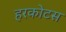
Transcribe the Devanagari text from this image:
हरकोटस